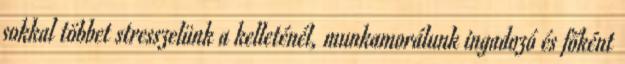
sokkal többet stresszelünk a kelleténél, munkamorálunk ingadozó és főként